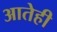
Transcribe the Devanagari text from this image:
आतेही